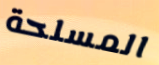
المسلحة